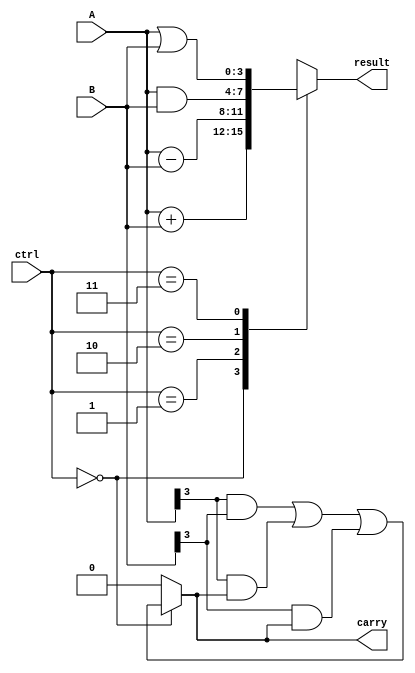
module alu(
    input [3:0] A,
    input [3:0] B,
    input [1:0] ctrl,
    output [3:0] result,
    output carry
);

assign carry = (ctrl == 2'b00) ? ((A[3] & B[3]) | (A[3] & carry) | (B[3] & carry)) : 0;

always @(*)
begin
    case(ctrl)
        2'b00: result = A + B;
        2'b01: result = A - B;
        2'b10: result = A & B;
        2'b11: result = A | B;
    endcase
end

endmodule